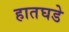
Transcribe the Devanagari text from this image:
हातघडे